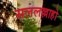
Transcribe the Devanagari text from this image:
सललल्लाहो